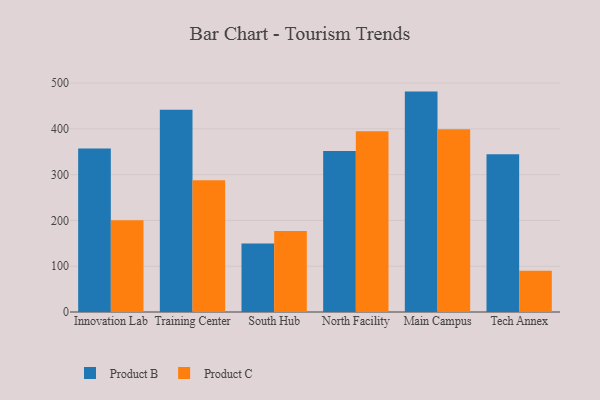
{"axis": {"x": "Campus", "y": "Net Income (USD K)"}, "legend": ["Product B", "Product C"], "data": [{"x": "Innovation Lab", "y": 357.2, "type": "Product B"}, {"x": "Innovation Lab", "y": 200.6, "type": "Product C"}, {"x": "Training Center", "y": 441.6, "type": "Product B"}, {"x": "Training Center", "y": 287.9, "type": "Product C"}, {"x": "South Hub", "y": 149.5, "type": "Product B"}, {"x": "South Hub", "y": 176.7, "type": "Product C"}, {"x": "North Facility", "y": 351.6, "type": "Product B"}, {"x": "North Facility", "y": 394.5, "type": "Product C"}, {"x": "Main Campus", "y": 481.3, "type": "Product B"}, {"x": "Main Campus", "y": 399.0, "type": "Product C"}, {"x": "Tech Annex", "y": 344.3, "type": "Product B"}, {"x": "Tech Annex", "y": 90.2, "type": "Product C"}]}